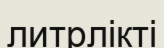
литрлікті